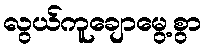
လွယ်ကူချောမွေ့စွာ